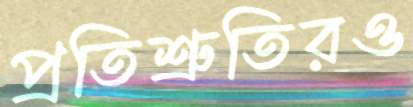
প্রতিশ্রুতিরও